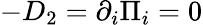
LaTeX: -D_{2}=\partial_{i}\Pi_{i}=0